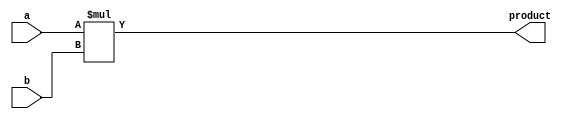
/*
   This file was generated automatically by the Mojo IDE version B1.3.6.
   Do not edit this file directly. Instead edit the original Lucid source.
   This is a temporary file and any changes made to it will be destroyed.
*/

/*
   Parameters:
     WIDTH = WIDTH
*/
module multiplier_22 (
    input [15:0] a,
    input [15:0] b,
    output reg [15:0] product
  );
  
  localparam WIDTH = 5'h10;
  
  
  always @* begin
    product = a * b;
  end
endmodule